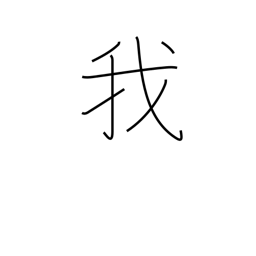
Meaning: I